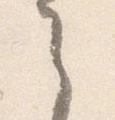
之